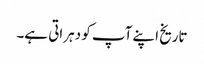
تاریخ اپنے آپ کو دہراتی ہے۔